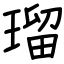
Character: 瑠